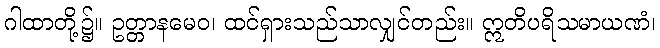
ဂါထာတို့၌။ ဥတ္တာနမေဝ၊ ထင်ရှားသည်သာလျှင်တည်း။ ဣတိပရိသမာယဏံ၊